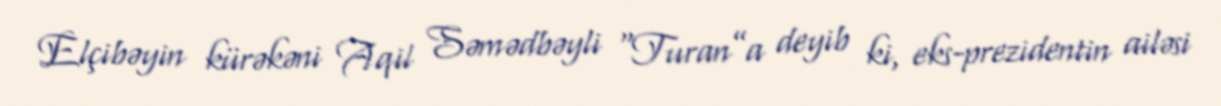
Elçibəyin kürəkəni Aqil Səmədbəyli “Turan”a deyib ki, eks-prezidentin ailəsi